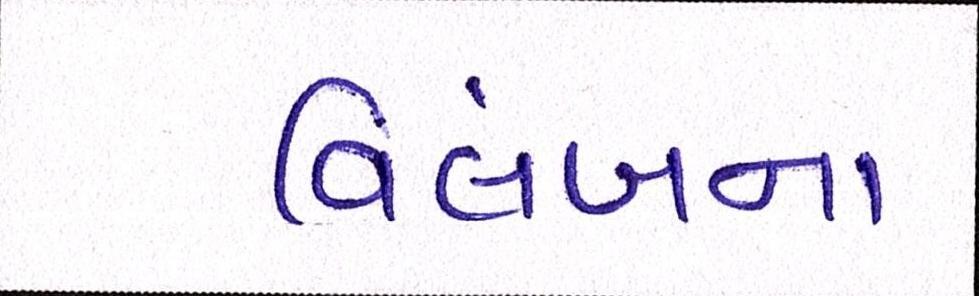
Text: વિલંબના